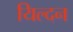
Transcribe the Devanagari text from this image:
यिल्दन